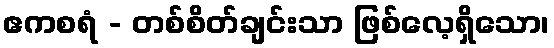
ဧကစရံ - တစ်စိတ်ချင်းသာ ဖြစ်လေ့ရှိသော၊